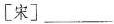
[宋]___